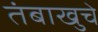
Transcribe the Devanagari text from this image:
तंबाखुचे